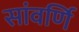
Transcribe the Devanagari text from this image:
सांवर्णि